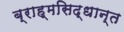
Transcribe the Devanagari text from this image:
ब्राह्मसिद्धान्त